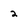
Character: 2